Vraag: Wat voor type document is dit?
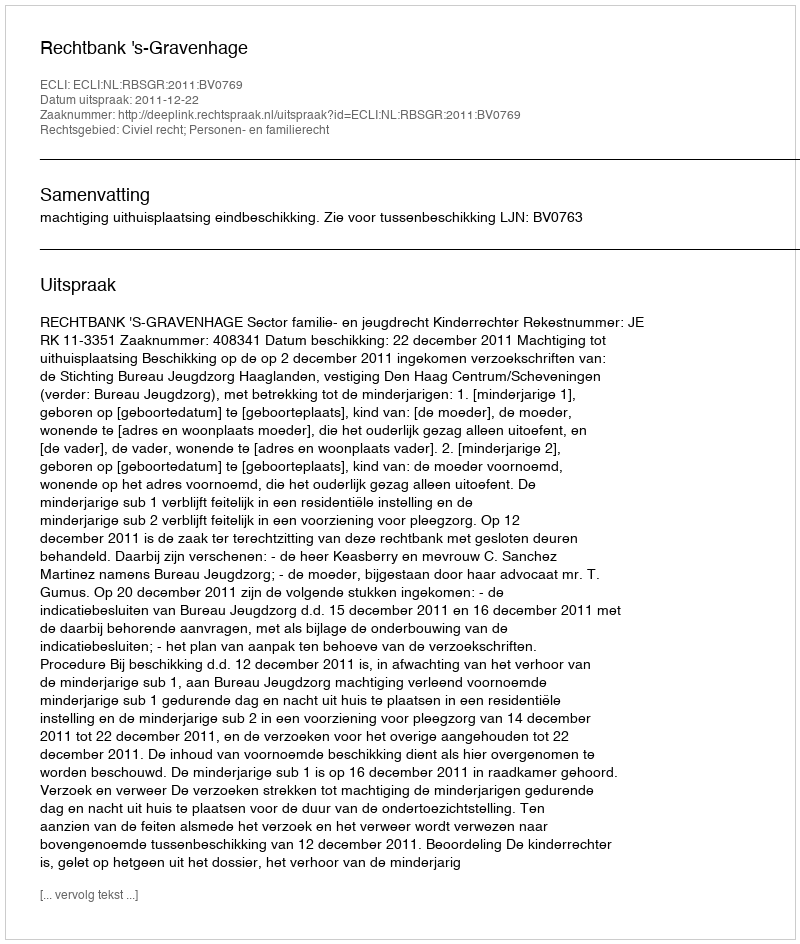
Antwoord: Uitspraak